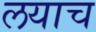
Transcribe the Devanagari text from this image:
लयाच